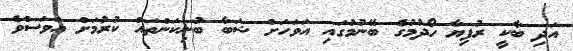
އަދި ބާކީ ރުފިޔާ ހޯދުމުގެ ބޭނުމުގައި އަވަހަށް ޝަބާ ބުނިކަންތައް ކުރުމަށް އަވަސްވެ